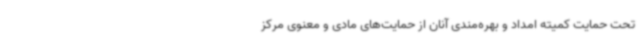
تحت حمایت کمیته امداد و بهره‌مندی آنان از حمایت‌های مادی و معنوی مرکز